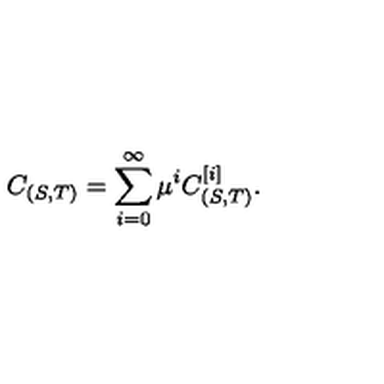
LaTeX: C _ { ( S , T ) } = \sum _ { i = 0 } ^ { \infty } \mu ^ { i } C _ { ( S , T ) } ^ { [ i ] } .